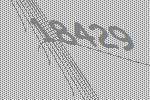
18429